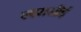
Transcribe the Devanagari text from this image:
एएससीई